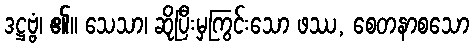
ဒဋ္ဌဗ္ဗံ၊ ၏။ သေသာ၊ ဆိုပြီးမှကြွင်းသော ဖဿ, စေတနာစသော